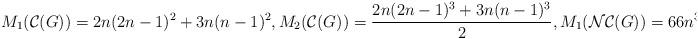
LaTeX: \begin{align*}M_{1}(\mathcal{C}(G))= 2n(2n-1)^{2} + 3n(n-1)^{2}, M_{2}(\mathcal{C}(G))= \frac{2n(2n-1)^{3}+3n(n-1)^{3}}{2}, M_{1}(\mathcal{NC}(G))=66n^{3} \end{align*}